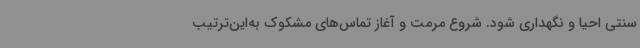
سنتی احیا و نگهداری شود. شروع مرمت و آغاز تماس‌های مشکوک به‌این‌ترتیب